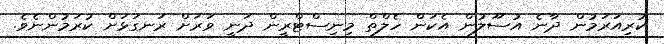
ކުރިއަރަމުން ދާނެ އުސޫލުން އެކަން ހެލްތް މިނިސްޓްރީން ދަނީ ވަރަށް ރަނގަޅަށް ކުރަމުންނެވެ.